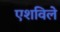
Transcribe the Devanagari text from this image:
एशविले